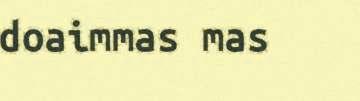
doaimmas mas